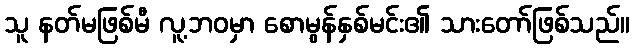
သူ နတ်မဖြစ်မီ လူ့ဘဝမှာ စောမွန်နှစ်မင်း၏ သားတော်ဖြစ်သည်။